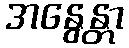
အနွေန္တာ